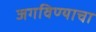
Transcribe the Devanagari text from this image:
जगविण्याचा